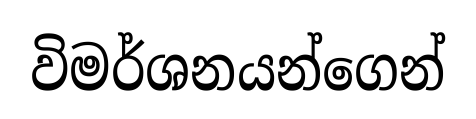
විමර්ශනයන්ගෙන්